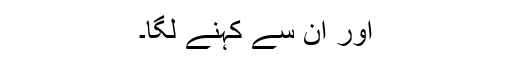
اور ان سے کہنے لگا۔